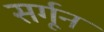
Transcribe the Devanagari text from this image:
सर्गून